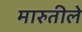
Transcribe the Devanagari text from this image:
मारुतीले